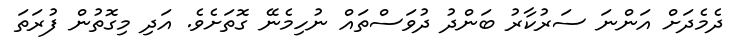
ދެމެދަށް އަންނަ ސަރުކާރު ބަންދު ދުވަސްތައް ނުހިމެނޭ ގޮތަށެވެ. އަދި މިގޮތުން ފުރަތަ